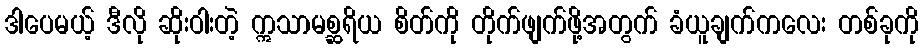
ဒါပေမယ့် ဒီလို ဆိုးဝါးတဲ့ ဣသာမစ္ဆရိယ စိတ်ကို တိုက်ဖျက်ဖို့အတွက် ခံယူချက်ကလေး တစ်ခုကို